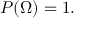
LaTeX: P ( \Omega ) = 1 .